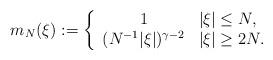
LaTeX: \begin{align*}m_N(\xi):= \left\{ \begin{array}{c l}1 & |\xi| \leq N, \\(N^{-1}|\xi|)^{\gamma-2} & |\xi|\geq 2N.\end{array}\right. \end{align*}